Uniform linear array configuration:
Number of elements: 16
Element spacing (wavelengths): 0.25
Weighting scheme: uniform
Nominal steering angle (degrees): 45
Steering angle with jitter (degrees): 44.096
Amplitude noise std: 0.05
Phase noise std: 0.05

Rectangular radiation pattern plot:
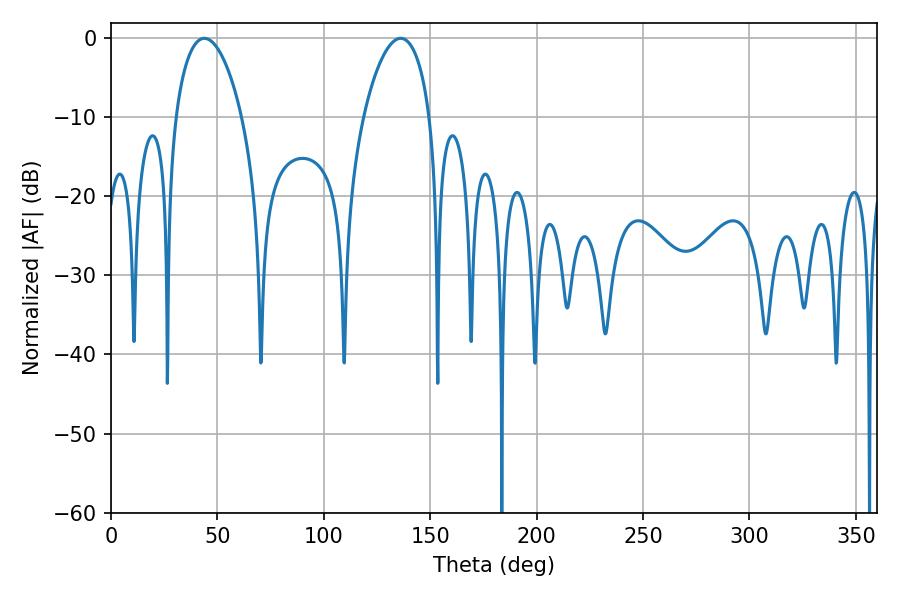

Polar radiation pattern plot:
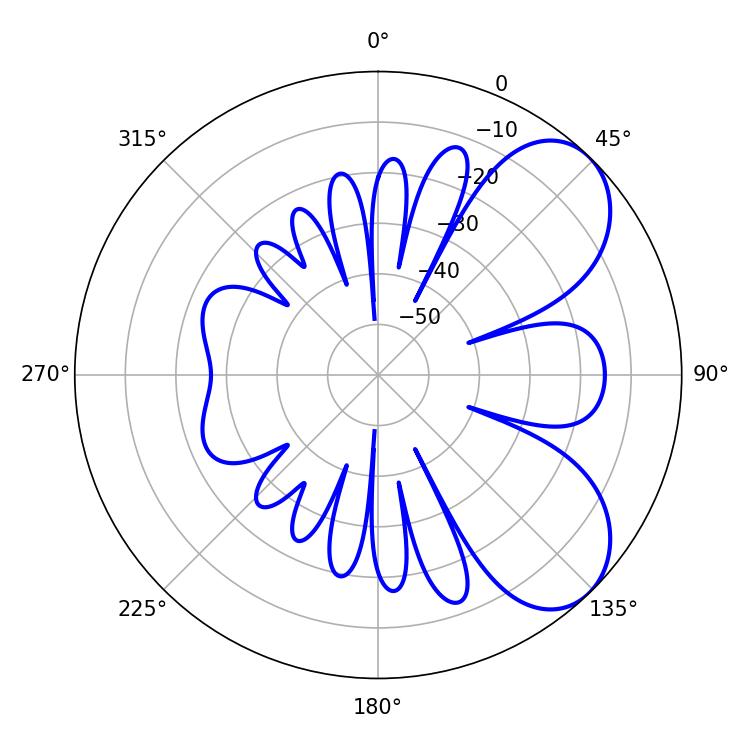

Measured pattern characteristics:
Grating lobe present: FALSE
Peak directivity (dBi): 6.339
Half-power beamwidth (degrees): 17.82
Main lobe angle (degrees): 43.92